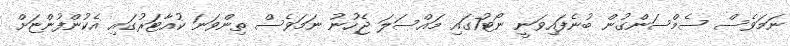
ނަމަވެސް ސެމްސަންގުން ބުނެފައިވަނީ ނޯޓު7ގައި މައްސަލަ ޖެހުނު ނަމަވެސް ތިންވަނަ ކުއާޓަރުގައި އެކުންފުންޏަށް